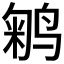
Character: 𱊇